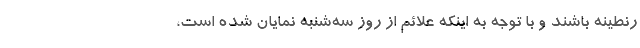
رنطینه باشند و با توجه به اینکه علائم از روز سه‌شنبه نمایان شده است،